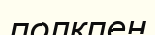
полкпен